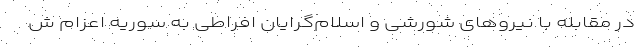
در مقابله با نیروهای شورشی و اسلام‌گرایان افراطی به سوریه اعزام ش